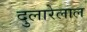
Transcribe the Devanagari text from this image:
दुलारेलाल